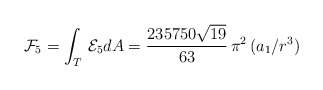
\begin{align*}{\cal F}_{5}=\int_{T}\, {\cal E}_{5} dA=\frac{235750 \sqrt{19}}{63}\, \pi^2\, (a_{1}/r^3)\end{align*}